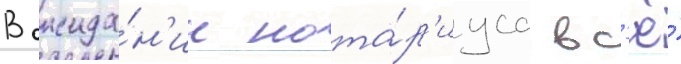
В ожида́н'ии нота́р'иуса вс'ё́